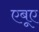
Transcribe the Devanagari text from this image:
एबूए